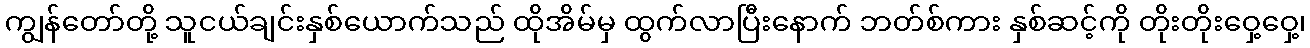
ကျွန်တော်တို့ သူငယ်ချင်းနှစ်ယောက်သည် ထိုအိမ်မှ ထွက်လာပြီးနောက် ဘတ်စ်ကား နှစ်ဆင့်ကို တိုးတိုးဝှေ့ဝှေ့၊